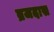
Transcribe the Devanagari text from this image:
ब्रजदास